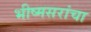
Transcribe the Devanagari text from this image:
भीष्मसरांचा